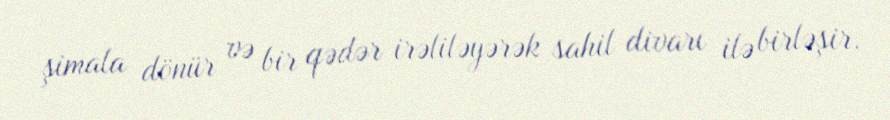
şimala dönür və bir qədər irəliləyərək sahil divarı ilə birləşir.